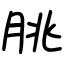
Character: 脁